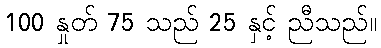
100 နှုတ် 75 သည် 25 နှင့် ညီသည်။